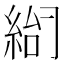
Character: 𰫨